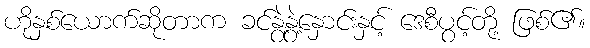
ဟိုနှစ်ယောက်ဆိုတာက ခင်နွဲ့နွဲ့နှောင်းနှင့် ဒေစီပွင့်တို့ ဖြစ်၏။